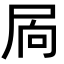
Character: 𭕜